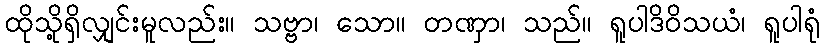
ထိုသို့ရှိလျှင်းမူလည်း။ သဗ္ဗာ၊ သော။ တဏှာ၊ သည်။ ရူပါဒိဝိသယံ၊ ရူပါရုံ